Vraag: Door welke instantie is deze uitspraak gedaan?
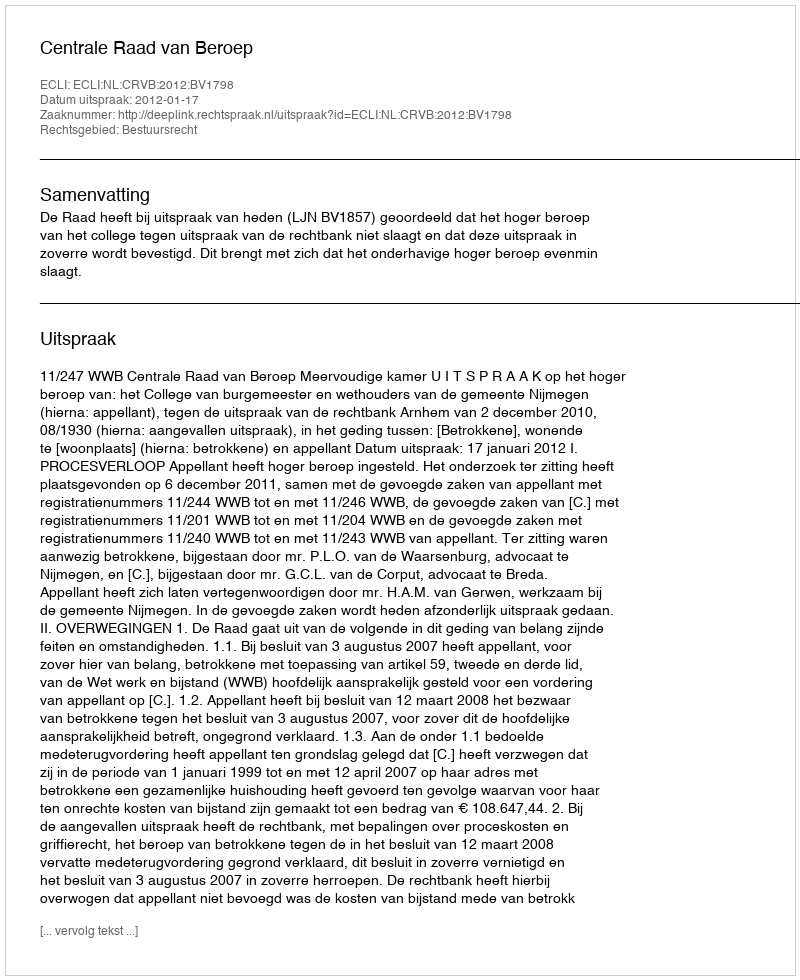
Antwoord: Centrale Raad van Beroep